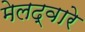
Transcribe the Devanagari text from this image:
मेलद्वारे